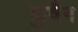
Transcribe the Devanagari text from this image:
कुवैन